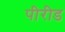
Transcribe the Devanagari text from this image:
पीरीड